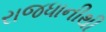
રાજધાનીથી